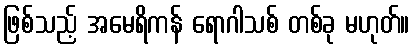
ဖြစ်သည့် အမေရိကန် ရောဂါသစ် တစ်ခု မဟုတ်။